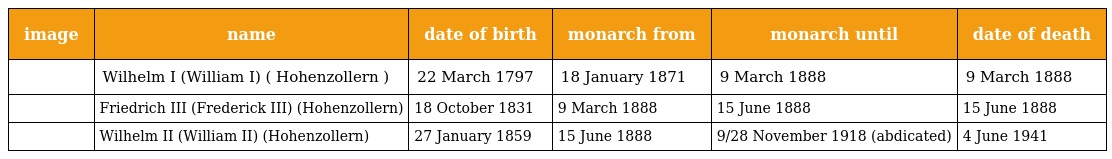
| image | name | date of birth | monarch from | monarch until | date of death |
 | --- | --- | --- | --- | --- | --- |
 |  | Wilhelm I (William I) ( Hohenzollern ) | 22 March 1797 | 18 January 1871 | 9 March 1888 | 9 March 1888 |
 |  | Friedrich III (Frederick III) (Hohenzollern) | 18 October 1831 | 9 March 1888 | 15 June 1888 | 15 June 1888 |
 |  | Wilhelm II (William II) (Hohenzollern) | 27 January 1859 | 15 June 1888 | 9/28 November 1918 (abdicated) | 4 June 1941 |